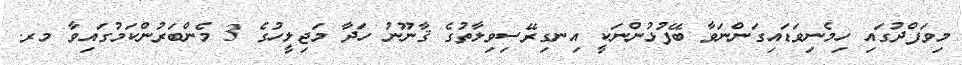
މިވަފްދުގައި ހިމެނިވަޑައިގަންނަވާ ބޭފުޅުންނަކީ އިނގިރޭސިވިލާތުގެ ޤާނޫނު ހަދާ މަޖިލީހުގެ 3 މެންބަރުންކަމުގައިވާ މރ.